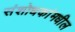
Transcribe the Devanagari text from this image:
संशोधकांमधील